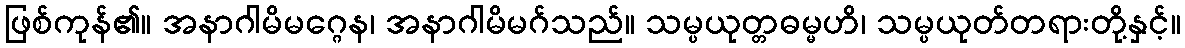
ဖြစ်ကုန်၏။ အနာဂါမိမဂ္ဂေန၊ အနာဂါမိမဂ်သည်။ သမ္ပယုတ္တဓမ္မဟိ၊ သမ္ပယုတ်တရားတို့နှင့်။